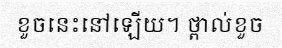
ខួចនេះនៅឡើយ។ ថ្ពាល់ខួច